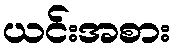
ယင်းအစား